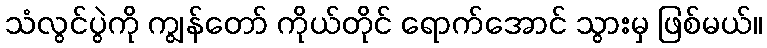
သံလွင်ပွဲကို ကျွန်တော် ကိုယ်တိုင် ရောက်အောင် သွားမှ ဖြစ်မယ်။